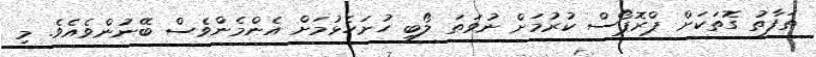
ތަފާތު ގޮތަކަށް ޕްރޮޕޯސް ކުރުމަށް ނުވަތަ ލޯބި ހުށަހެޅުމަށް އެންމެންވެސް ބޭނުންވެއެވެ. މި